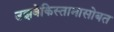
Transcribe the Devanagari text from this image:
उझबेकिस्तानासोबत